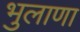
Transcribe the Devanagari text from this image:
भुलाणा